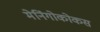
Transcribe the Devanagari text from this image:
मेनिंगोकोकस